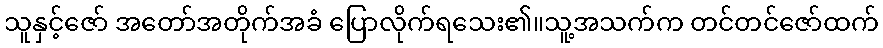
သူနှင့်ဇော် အတော်အတိုက်အခံ ပြောလိုက်ရသေး၏။သူ့အသက်က တင်တင်ဇော်ထက်